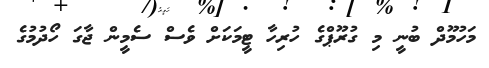
މަހުމޫދް ބުނީ މި ގުރޫޕްގެ ހުރިހާ ޓީމަކަށް ވެސް ސެމީން ޖާގަ ހޯދުމުގެ